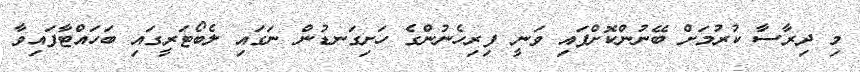
މި ދިރާސާ ކުރުމަށް ބޭނުންކޮށްފައި ވަނީ ފިރިހެނުންގެ ހަށިގަނޑުން ނަގައި ލެބޯޓަރީގައި ބަހައްޓާފައިވާ